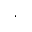
\cdot